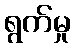
ရွက်မှု